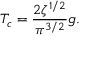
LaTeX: T _ { c } = \frac { 2 \zeta ^ { 1 / 2 } } { \pi ^ { 3 / 2 } } g .